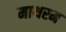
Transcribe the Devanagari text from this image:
माथरम